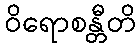
ဝိရောစန္တီတိ